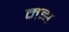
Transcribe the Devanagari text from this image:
मझ